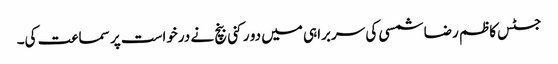
جسٹس کاظم رضا شمسی کی سربراہی میں دو رکنی بنچ نے درخواست پر سماعت کی۔